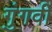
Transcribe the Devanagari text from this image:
गुंगवीं